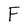
Character: F